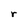
Character: r